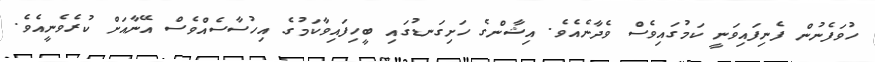
ހުވަފެނުން ފެނިފައިވަނީ ކަމުގައިވެސް ވެދާނެއެވެ. އިޝާންގެ ހަށިގަނޑުގައި ބީހިފައިވާކަމުގެ އިހުސާސެއްވެސް އޭނާއަށް ކުރެވެނީއެވެ.